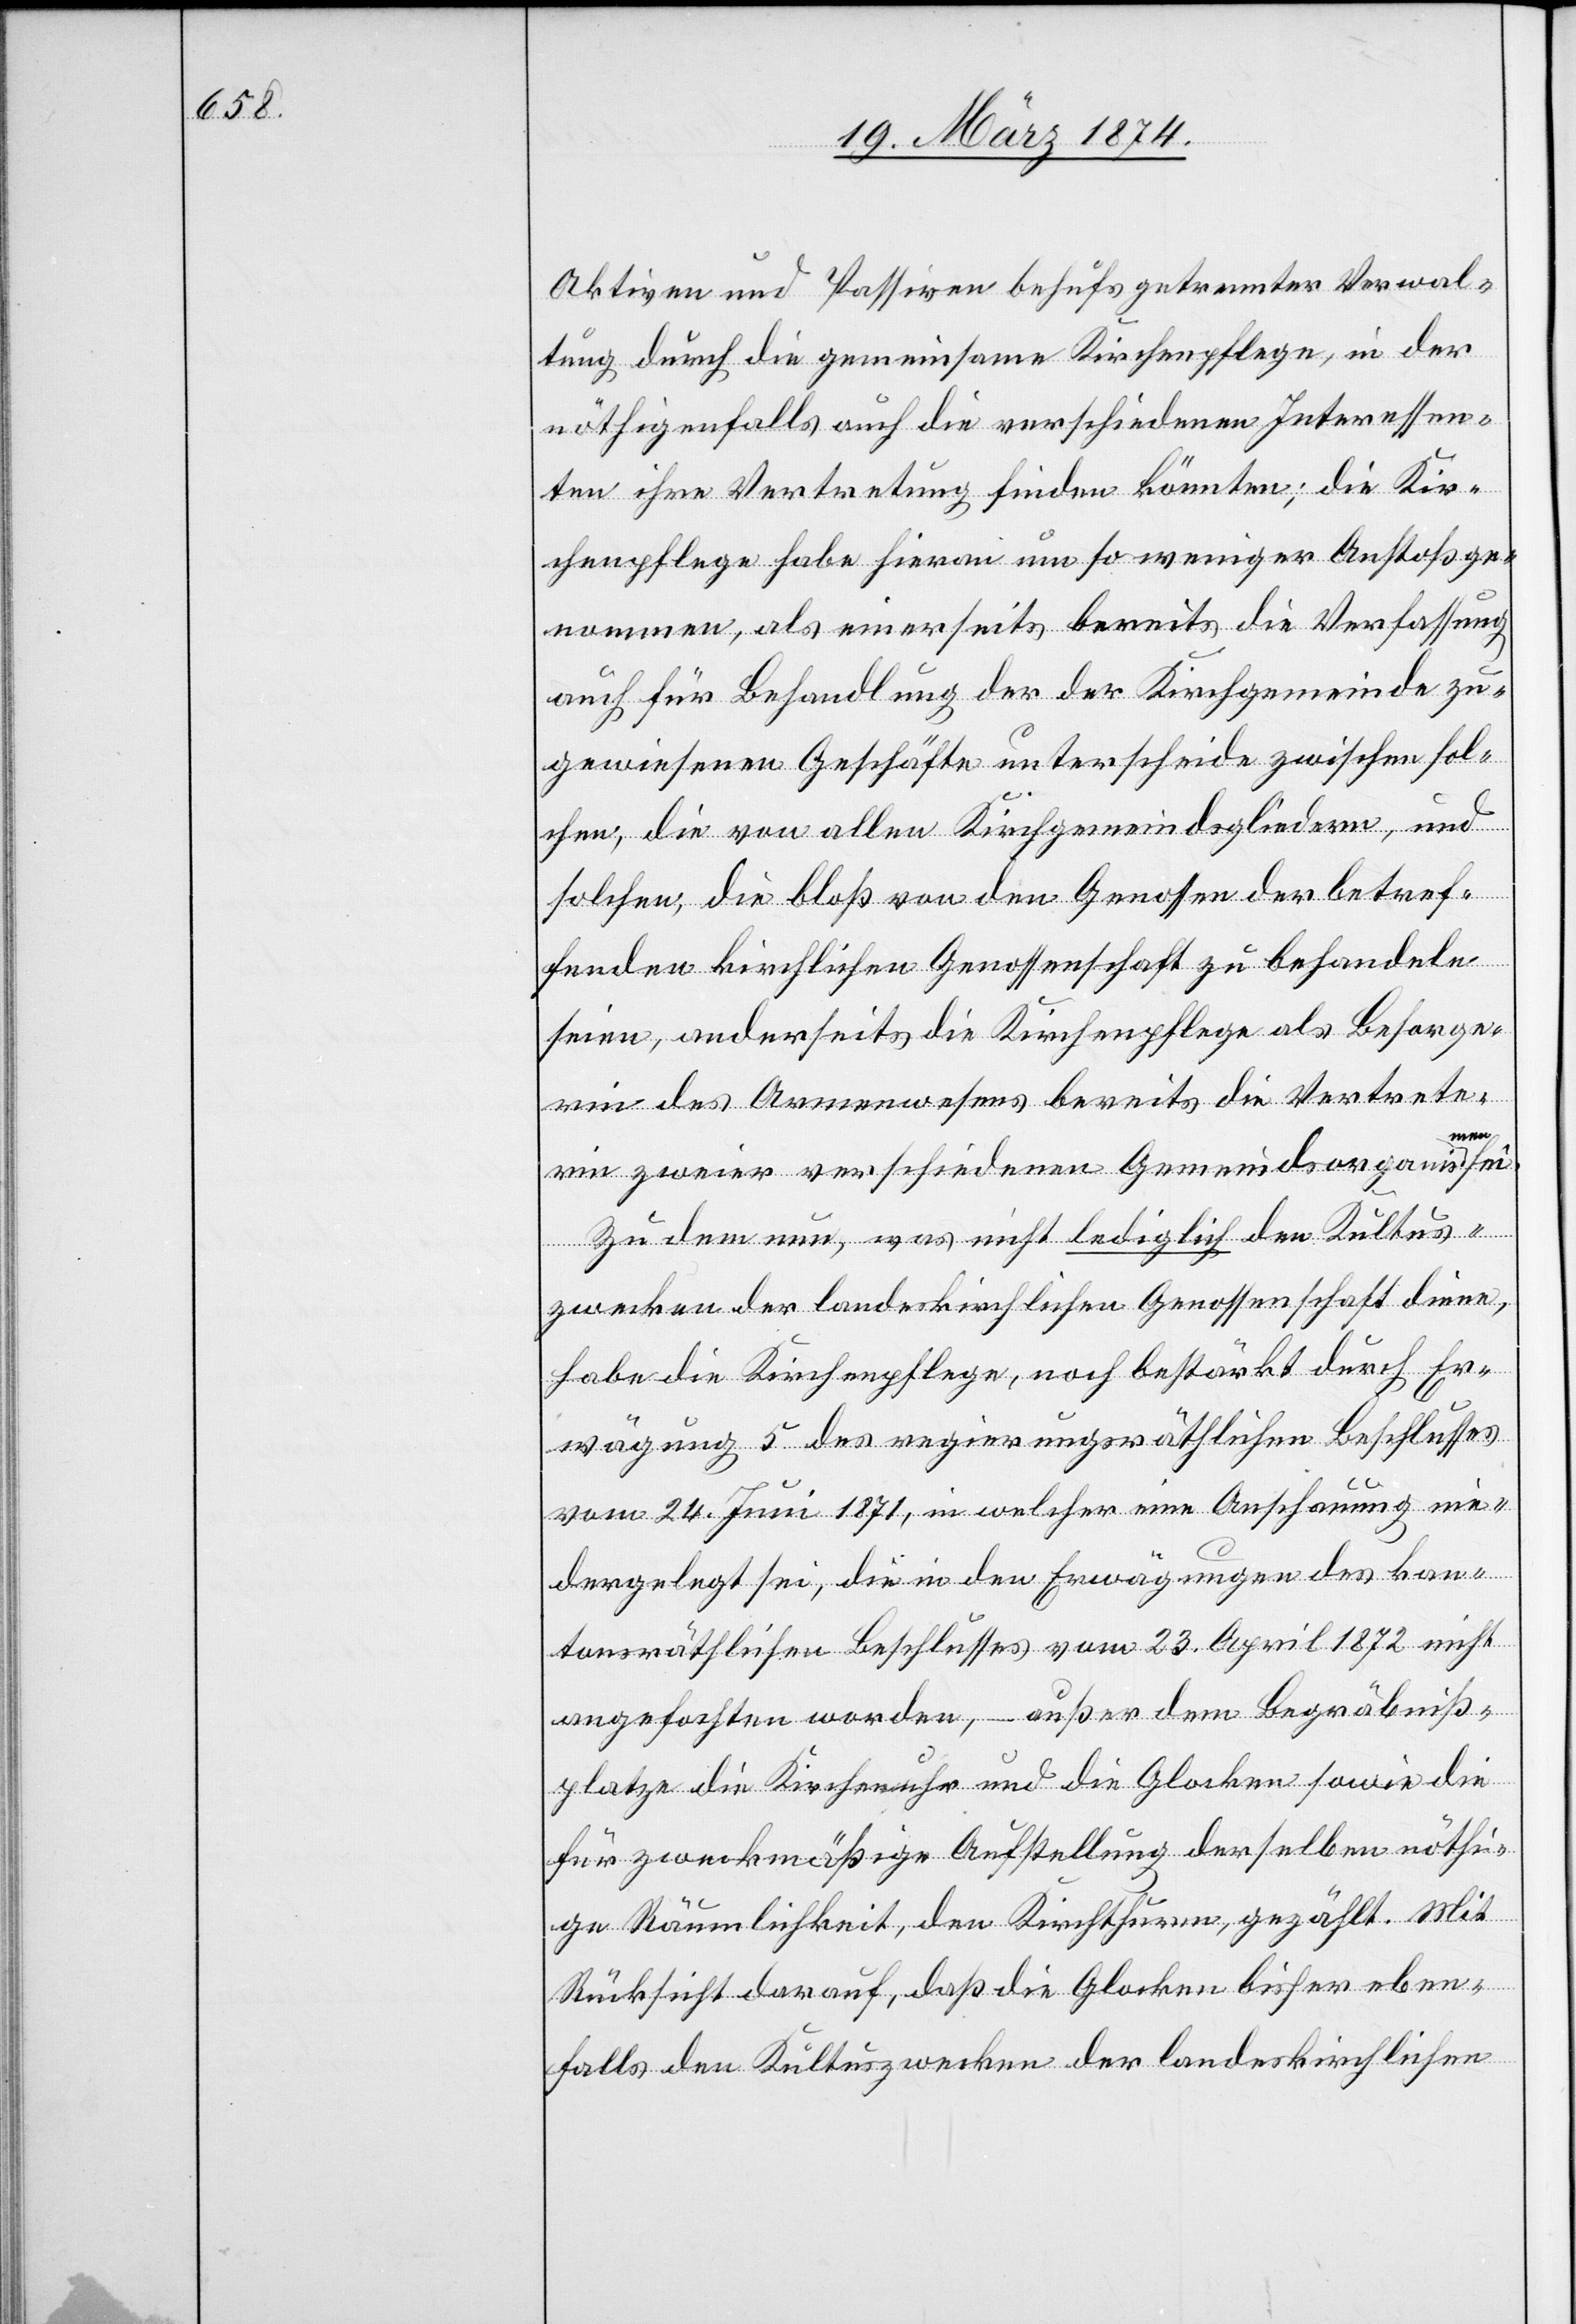
Aktiven und Passiven behufs getrennter Verwal¬
tung durch die gemeinsame Kirchenpflege, in der
nöthigenfalls auch die verschiedenen Interessen¬
ten ihre Vertretung finden könnten; die Kir¬
chenpflege habe hievon um so weniger Anstoß ge¬
nommen, als einerseits bereits die Verfassung
auch für Behandlung der der Kirchgemeinde zu¬
gewiesenen Geschäfte unterscheide zwischen sol¬
chen, die von allen Kirchgemeindsgliedern, und
solchen, die bloß von den Genossen der betref¬
fenden kirchlichen Genossenschaft zu behandeln
seien, anderseits die Kirchenpflege als Besorge¬
rin des Armenwesens bereits die Vertrete¬
rin zweier verschiedenen Gemeindsorganismen sei.
Zu dem nun, was nicht lediglich den Kultus¬
zwecken der landeskirchlichen Genossenschaft diene,
habe die Kirchenpflege, noch bestärkt durch Er¬
wägung 5 des regierungsräthlichen Beschlusses
vom 24. Juni 1871, in welcher eine Anschauung nie¬
dergelegt sei, die in den Erwägungen des kan¬
tonsräthlichen Beschlusses vom 23. April 1872 nicht
angefochten worden, – außer dem Begräbniß¬
platze die Kirchenuhr und die Glocken sowie die
für zweckmäßige Aufstellung derselben nöthi¬
ge Räumlichkeit, den Kirchthüren, gezählt. Mit
Rücksicht darauf, daß die Glocken bisher eben¬
falls den Kultuszwecken der landeskirchlichen